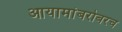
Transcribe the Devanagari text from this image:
आयामांबरोबरच